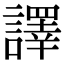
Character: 譯